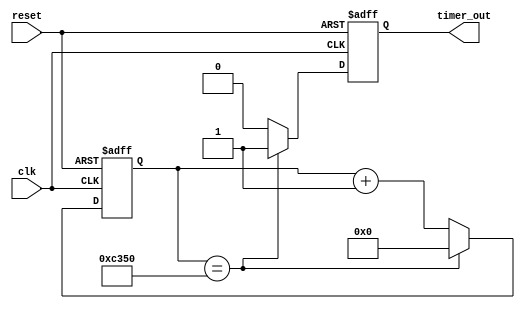
module Periodic_timer (
   input wire clk,
   input wire reset,
   output reg timer_out
);

reg [31:0] counter;

always @(posedge clk or posedge reset) begin
   if (reset) begin
      counter <= 0;
      timer_out <= 0;
   end else begin
      if (counter == 50000) begin // Modify this value for the desired time period
         counter <= 0;
         timer_out <= 1;
      end else begin
         counter <= counter + 1;
         timer_out <= 0;
      end
   end
end

endmodule